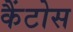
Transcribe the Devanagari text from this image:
कैंटोस